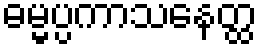
ဓမ္မပ္ပကာသနေတ္ထ